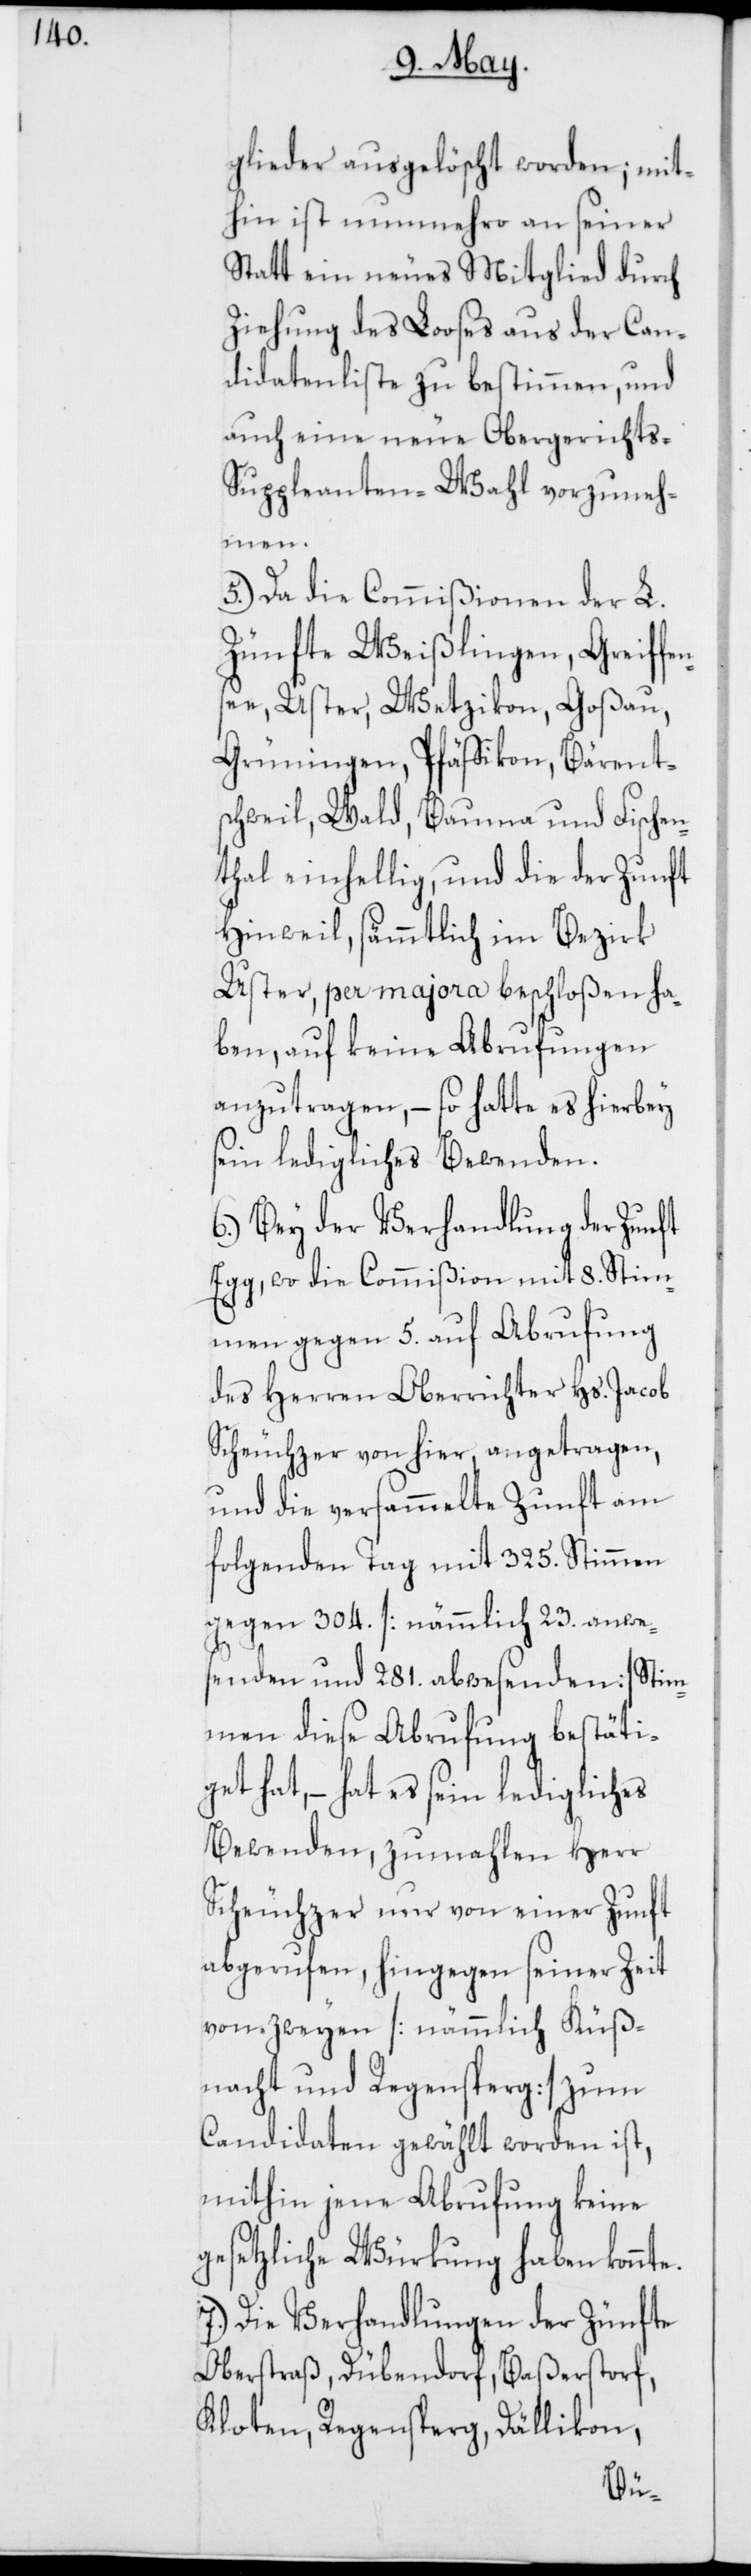
Glieder ausgelöscht worden; mit¬
hin ist nunmehro an seiner
Statt ein neues Mitglied durch
Ziehung des Looses aus der Can¬
didatenliste zu bestimmen, und
auch eine neue Obergerichts-S¬
uppleanten-Wahl vorzuneh¬
men.
5.) Da die Commißionen der L.
Zünfte Weißlingen, Greiffen¬
see, Uster, Wetzikon, Goßau,
Grüningen, Pfäffikon, Bärent¬
schweil, Wald, Bauma und Fischen¬
thal einhellig, und die der Zunft
Hinweil, sämmtlich im Bezirk
Uster, per majora beschloßen ha¬
ben, auf keine Abrufungen
anzutragen, – so hatte es hierbey
sein ledigliches Bewenden.
6.) Bey der Verhandlung der Zunft
Egg, wo die Commißion mit 8. Stim¬
men gegen 5. auf Abrufung
des Herren Oberrichter Hs. Jacob
Scheuchzer von hier, angetragen,
und die versammelte Zunft am
folgenden Tag mit 325. Stimmen
gegen 304. [nämmlich 23. anwes¬
enden und 281. abwesenden] Stim¬
men diese Abrufung bestäti¬
get hat, – hat es sein ledigliches
Bewenden, zumahlen Herr
Scheuchzer nur von einer Zunft
abgerufen, hingegen seiner Zeit
von zweyen [nämmlich Küß¬
nacht und Regensperg] zum
Candidaten gewählt worden ist,
mithin jene Abrufung keine
gesetzliche Würkung haben konnte.
7.) Die Verhandlungen der Zünfte
Oberstraß, Dübendorf, Baßerstorf,
Kloten, Regensperg, Dällikon,